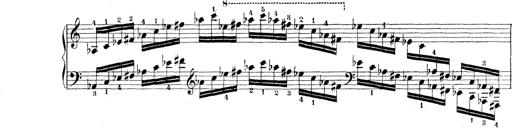
Title: Technische Studien
Composer: Franz Liszt